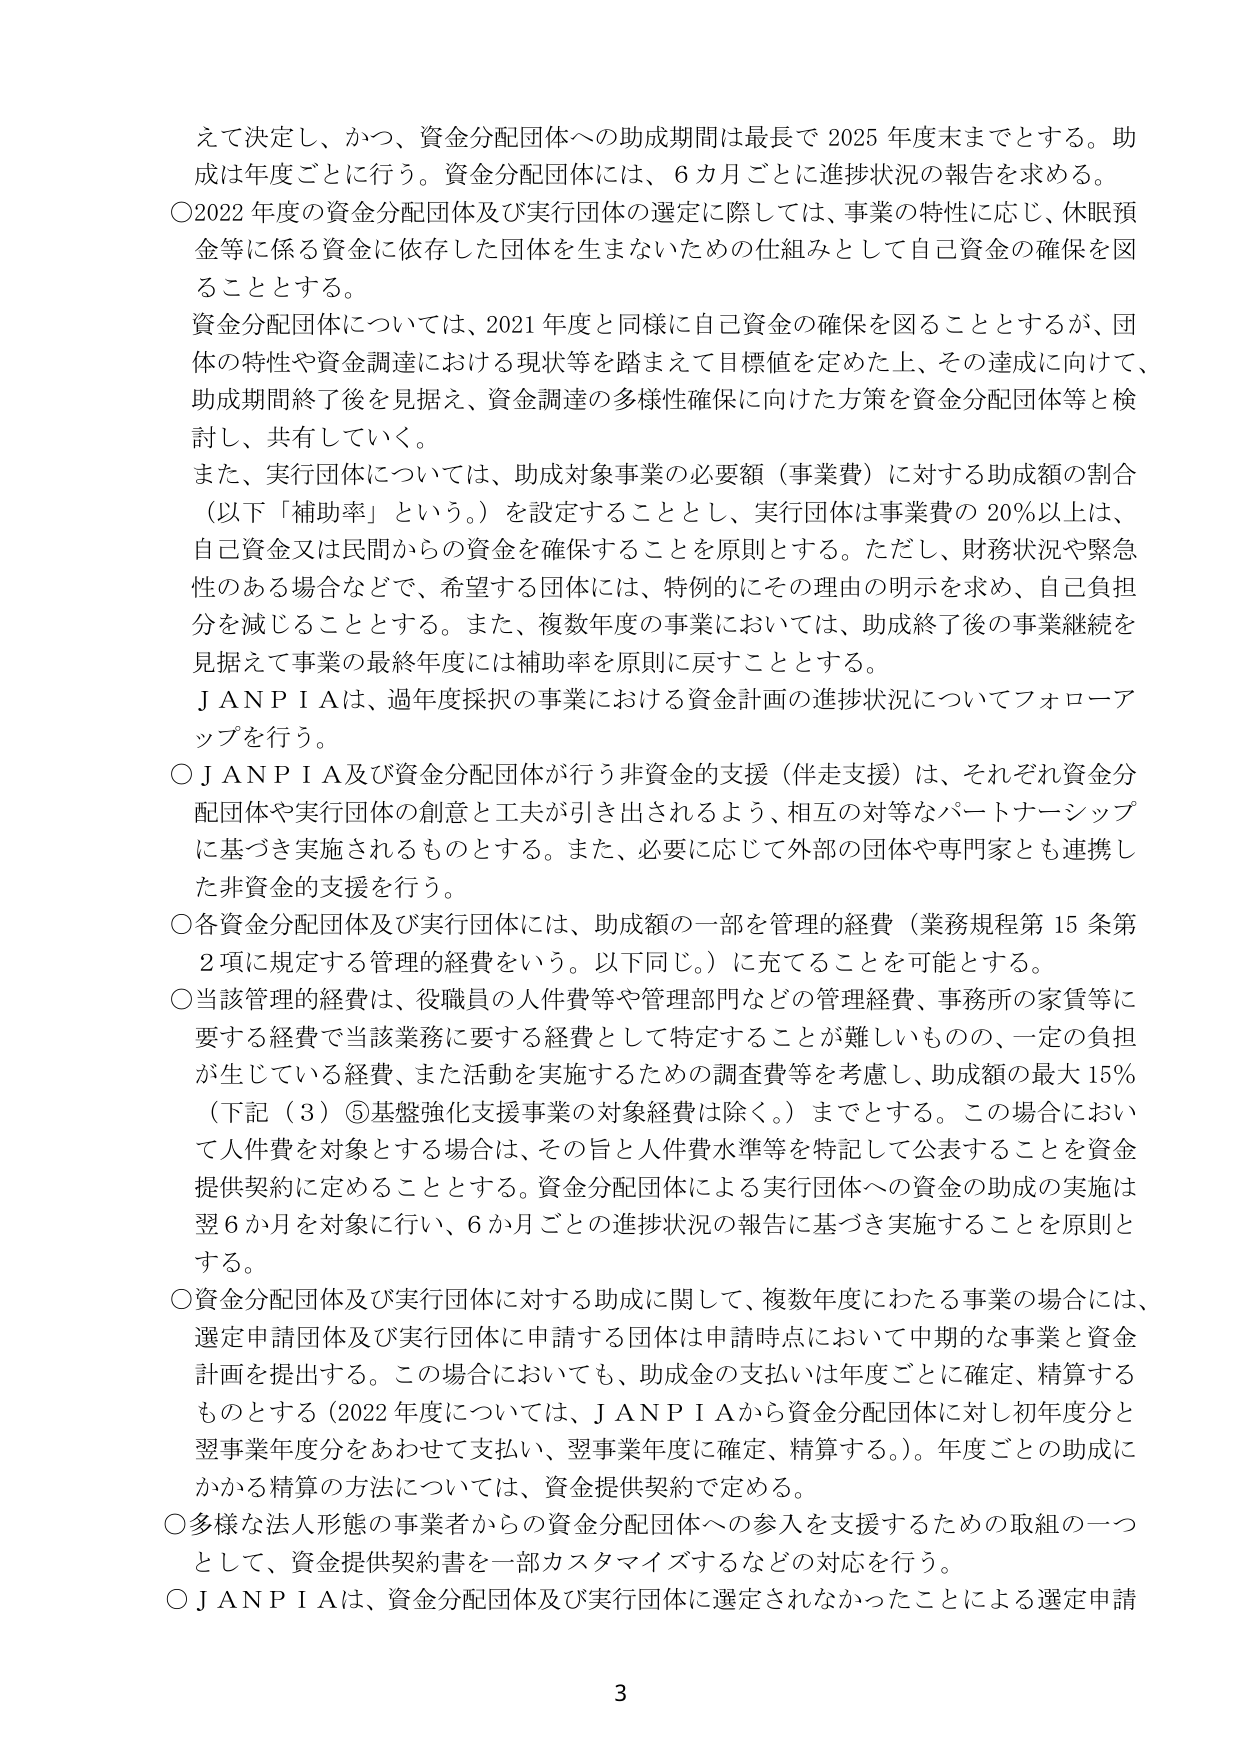
えて決定し、かつ、資金分配団体への助成期間は最長で2025年度末までとする。助成は年度ごとに行う。資金分配団体には、6カ月ごとに進捗状況の報告を求める。

○2022年度の資金分配団体及び実行団体の選定に際しては、事業の特性に応じ、休眠預金等に係る資金に依存した団体を生まないための仕組みとして自己資金の確保を図ることとする。

資金分配団体については、2021年度と同様に自己資金の確保を図ることとするが、団体の特性や資金調達における現状等を踏まえて目標値を定めた上、その達成に向けて、助成期間終了後を見据え、資金調達の多様性確保に向けた方策を資金分配団体等と検討し、共有していく。

また、実行団体については、助成対象事業の必要額（事業費）に対する助成額の割合（以下「補助率」という。）を設定することとし、実行団体は事業費の20％以上は、自己資金又は民間からの資金を確保することを原則とする。ただし、財務状況や緊急性のある場合などで、希望する団体には、特例的にその理由の明示を求め、自己負担分を減じることとする。また、複数年度の事業においては、助成終了後の事業継続を見据えて事業の最終年度には補助率を原則に戻すこととする。

ＪＡＮＰＩＡは、過年度採択の事業における資金計画の進捗状況についてフォローアップを行う。

○ＪＡＮＰＩＡ及び資金分配団体が行う非資金的支援（伴走支援）は、それぞれ資金分配団体や実行団体の創意と工夫が引き出されるよう、相互の対等なパートナーシップに基づき実施されるものとする。また、必要に応じて外部の団体や専門家とも連携した非資金的支援を行う。

○各資金分配団体及び実行団体には、助成額の一部を管理的経費（業務規程第15条第2項に規定する管理的経費をいう。以下同じ。）に充てることを可能とする。

○当該管理的経費は、役職員の人件費等や管理部門などの管理経費、事務所の家賃等に要する経費で当該業務に要する経費として特定することが難しいものの、一定の負担が生じている経費、また活動を実施するための調査費等を考慮し、助成額の最大15％（下記（3）⑤基盤強化支援事業の対象経費は除く。）までとする。この場合において人件費を対象とする場合は、その旨と人件費水準等を特記して公表することを資金提供契約に定めることとする。資金分配団体による実行団体への資金の助成の実施は翌6か月を対象に行い、6か月ごとの進捗状況の報告に基づき実施することを原則とする。

○資金分配団体及び実行団体に対する助成に関して、複数年度にわたる事業の場合には、選定申請団体及び実行団体に申請する団体は申請時点において中期的な事業と資金計画を提出する。この場合においても、助成金の支払いは年度ごとに確定、精算するものとする（2022年度については、ＪＡＮＰＩＡから資金分配団体に対し初年度分と翌事業年度分をあわせて支払い、翌事業年度に確定、精算する。）。年度ごとの助成にかかる精算の方法については、資金提供契約で定める。

○多様な法人形態の事業者からの資金分配団体への参入を支援するための取組の一つとして、資金提供契約書を一部カスタマイズするなどの対応を行う。

○ＪＡＮＰＩＡは、資金分配団体及び実行団体に選定されなかったことによる選定申請

3